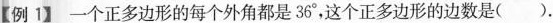
【例1】一个正多边形的每个外角都是36°，这个正多边形的边数是().